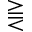
\gtreqless